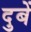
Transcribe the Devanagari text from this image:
दुबें